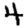
Digit: 4